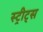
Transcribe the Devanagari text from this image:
स्ट्रीट्‌स